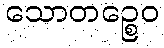
သောတဉ္စေဝ